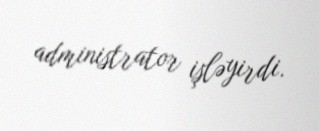
administrator işləyirdi.